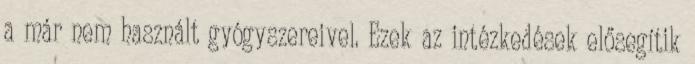
a már nem használt gyógyszereivel. Ezek az intézkedések elősegítik